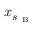
x _ { s _ { \mathrm { ~ B ~ } } }